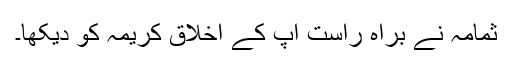
ثمامہ نے براہ راست آپ کے اخلاق کریمہ کو دیکھا۔